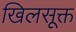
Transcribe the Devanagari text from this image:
खिलसूक्त